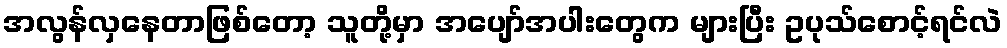
အလွန်လှနေတာဖြစ်တော့ သူတို့မှာ အပျော်အပါးတွေက များပြီး ဥပုသ်စောင့်ရင်လဲ